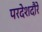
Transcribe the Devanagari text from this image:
परदेशदौरे